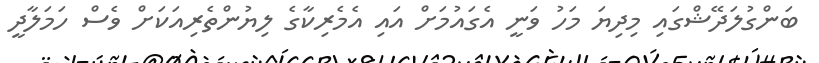
ބަންގުލަދޭޝްގައި މިދިޔަ މަހު ވަނީ އެގައުމަށް އައި އެމެރިކާގެ ލިޔުންތެރިއަކަށް ވެސް ހަމަލާދީ